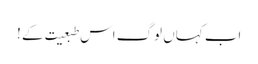
اب کہاں لوگ اس طبعیت کے !